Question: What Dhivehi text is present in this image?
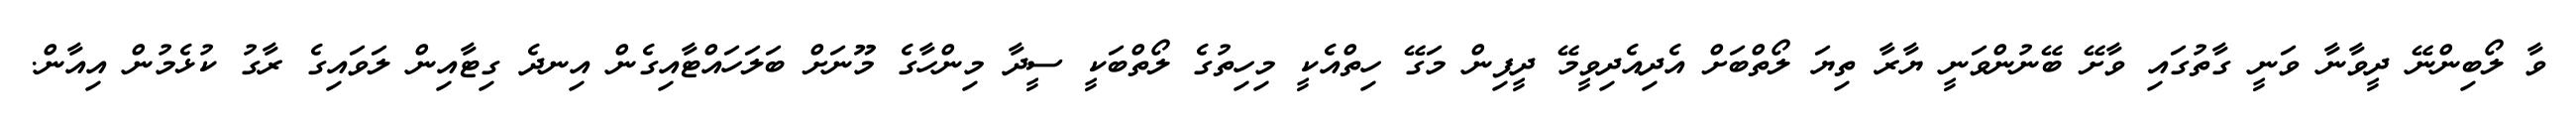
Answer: ވާ ލޯބިންނޭ ދީވާނާ ވަނީ ގާތުގައި ވާށޭ ބޭނުންވަނީ ޔާރާ ތިޔަ ލޯތްބަށް އެދިއެދިވީމޭ ދީފިން މަގޭ ހިތްއެކީ މިހިތުގެ ލޯތްބަކީ ސީދާ މިންހާގެ މޫނަށް ބަލަހައްޓާއިގެން އިނދެ ގިޓާއިން ލަވައިގެ ރާގު ކުޅެމުން އިއާން.